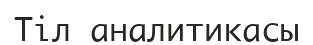
Тіл аналитикасы